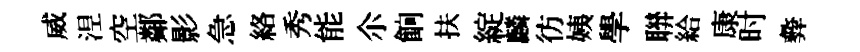
威𣵀空鄰影急絡秀能尒餉扶綻麟彷姨學聨給康时彜